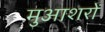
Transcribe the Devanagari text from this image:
मुआशरों